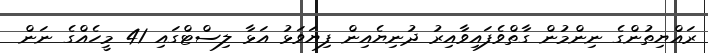
ރައްޔިތުންގެ ނިންމުން ގާތްވެފައިވާއިރު ދުނިޔެއިން ފިޔަވަޅު އަޅާ ލިސްޓްގައި 41 މީހެއްގެ ނަން